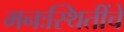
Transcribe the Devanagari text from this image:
मनःस्थितींचे